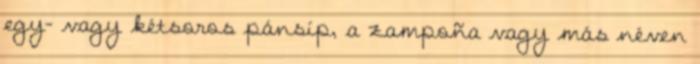
egy- vagy kétsoros pánsíp, a zampoña vagy más néven